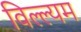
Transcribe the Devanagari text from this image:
विल्ल्यम